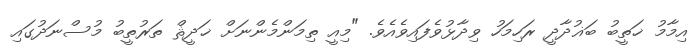
އިމާމު ޚަތީބު ބަޣުދާދީ ރަހިމަހު ވިދާޅުވެފައިވެއެވެ. "މިއީ ތިމަންމެންނަށް ޚަދީޘް ތަރުތީބު މުސްނަދުގައި